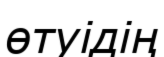
өтуідің